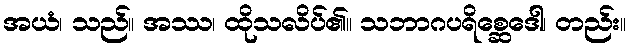
အယံ၊ သည်။ အဿ၊ ထိုသလိပ်၏။ သဘာဂပရိစ္ဆေဒေါ၊ တည်း။